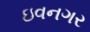
ઇવનગર